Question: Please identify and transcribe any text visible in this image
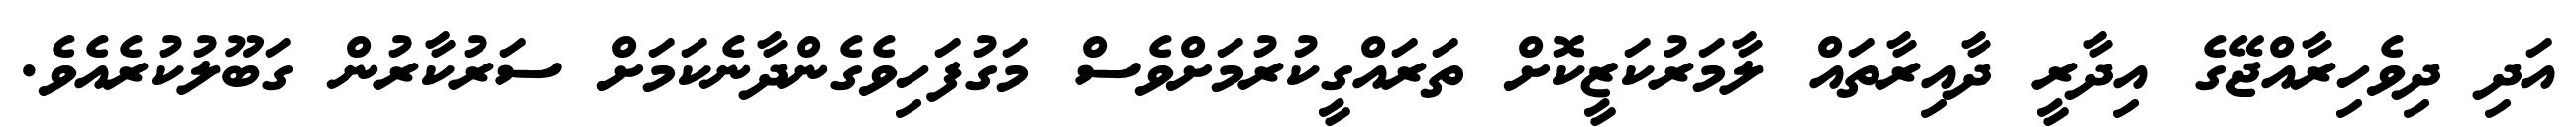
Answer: އަދި ދިވެހިރާއްޖޭގެ އިދާރީ ދާއިރާތައް ލާމަރުކަޒީކޮށް ތަރައްގީކުރުމަށްވެސް މަގުފަހިވެގެންދާނެކަމަށް ސަރުކާރުން ގަބޫލުކުރެއެވެ.